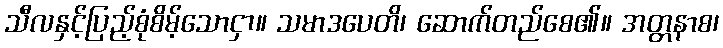
သီလနှင့်ပြည့်စုံစိမ့်သောငှာ။ သမာဒပေတိ၊ ဆောက်တည်စေ၏။ အတ္တနာစ၊